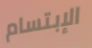
الإبتسام